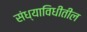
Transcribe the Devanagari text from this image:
संध्याविधीतील